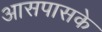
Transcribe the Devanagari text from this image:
आसपासके